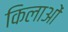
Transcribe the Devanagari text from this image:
किलाओं